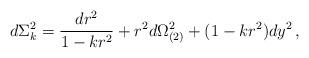
LaTeX: \begin{align*}d\Sigma_k ^2 = {{dr^2} \over {1-kr^2}} + r^2 d\Omega_{(2)} ^2 +(1-kr^2) dy^2 \, ,\end{align*}